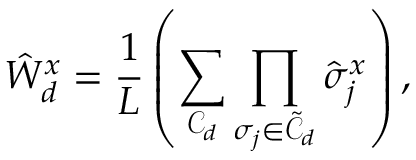
\hat { W } _ { d } ^ { x } = \frac { 1 } { L } \left( \sum _ { \mathcal { C } _ { d } } \prod _ { \sigma _ { j } \in \tilde { \mathcal { C } } _ { d } } \hat { \sigma } _ { j } ^ { x } \right) ,